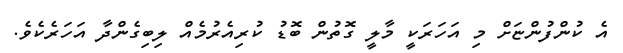
އެ ކުންފުންޏަށް މި އަހަރަކީ މާލީ ގޮތުން ބޮޑު ކުރިއެރުމެއް ލިބިގެންދާ އަހަރެކެވެ.